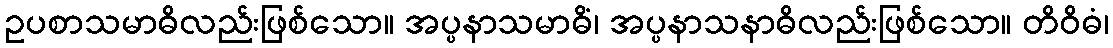
ဥပစာသမာဓိလည်းဖြစ်သော။ အပ္ပနာသမာဓိံ၊ အပ္ပနာသနာဓိလည်းဖြစ်သော။ တိဝိဓံ၊